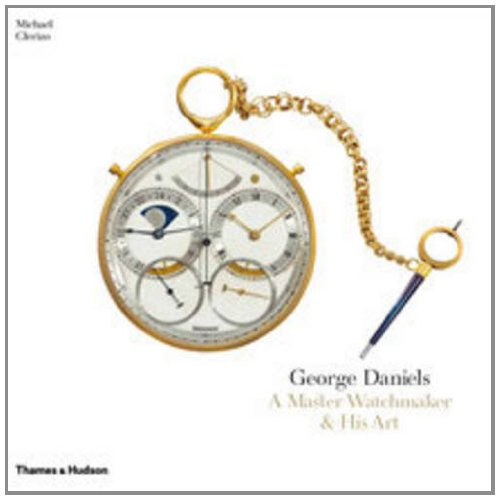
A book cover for George Daniels: A Master Watchmaker & His Art; Michael Clerizo; Crafts, Hobbies & Home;